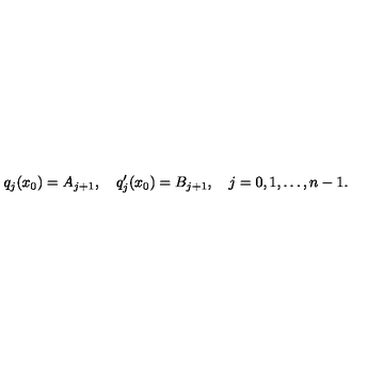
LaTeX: q _ { j } ( x _ { 0 } ) = A _ { j + 1 } , \quad q _ { j } ^ { \prime } ( x _ { 0 } ) = B _ { j + 1 } , \quad j = 0 , 1 , \ldots , n - 1 .